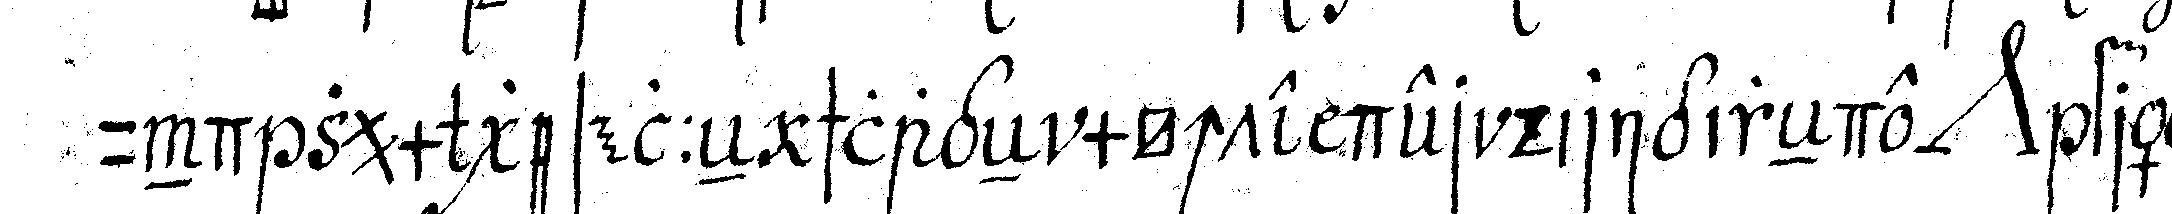
und zum geselleN schlage möchte der dirigirede *nee* frägt